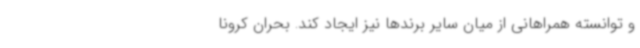
و توانسته همراهانی از میان سایر برندها نیز ایجاد کند. بحران کرونا